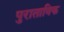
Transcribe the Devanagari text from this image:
पुराताविक